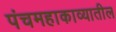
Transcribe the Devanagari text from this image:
पंचमहाकाव्यातील